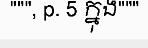
""", p. 5 ក្នុង"""